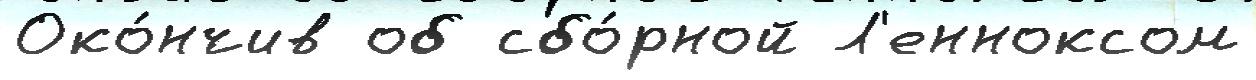
Око́нчив об сбо́рной Л'енноксом